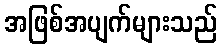
အဖြစ်အပျက်များသည်